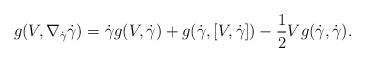
LaTeX: \begin{align*} g(V,\nabla_{\dot{\gamma}}\dot{\gamma})=\dot{\gamma}g(V,\dot{\gamma})+g(\dot{\gamma},[V,\dot{\gamma}])-\frac{1}{2}Vg(\dot{\gamma},\dot{\gamma}).\end{align*}